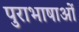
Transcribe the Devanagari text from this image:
पुराभाषाओं